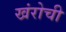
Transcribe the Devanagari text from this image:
खंरोची